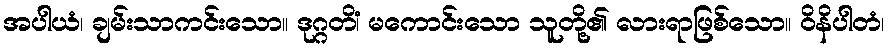
အပါယံ၊ ချမ်းသာကင်းသော။ ဒုဂ္ဂတိံ၊ မကောင်းသော သူတို့၏ လားရာဖြစ်သော။ ဝိနိပါတံ၊